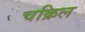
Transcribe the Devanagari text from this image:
चक्रिल